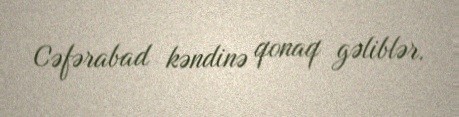
Cəfərabad kəndinə qonaq gəliblər.